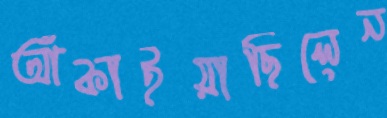
আঁকাইয়াছিলেন